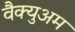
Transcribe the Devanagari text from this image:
वैक्युअम